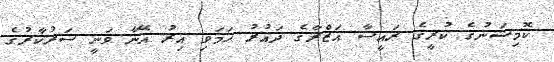
ކޮމިޝަނުގެ ކުރީގެ ރައީސާ އަޒްރާގެ ދައުރު ހަމަވި އިރު އޭނާ ވަނީ ސަރުކާރުގެ